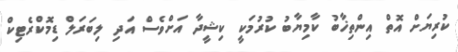
ކުރިޔަށް އޮތް އިންތިޚާބު ކާމިޔާބު ކުރުމަކީ ކިޝީދާ އަށްވެސް އަދި ލިބަރަލް ޑިމޮކްރެޓިކް